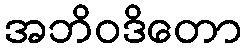
အဘိဝဒိတော